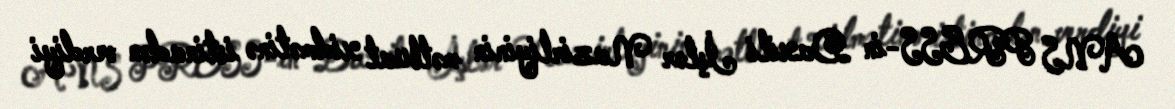
ANS PRESS-in Daxili İşlər Nazirliyinin mətbuat xidmətinə istinadən verdiyi